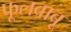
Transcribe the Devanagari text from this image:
फूलबाबू